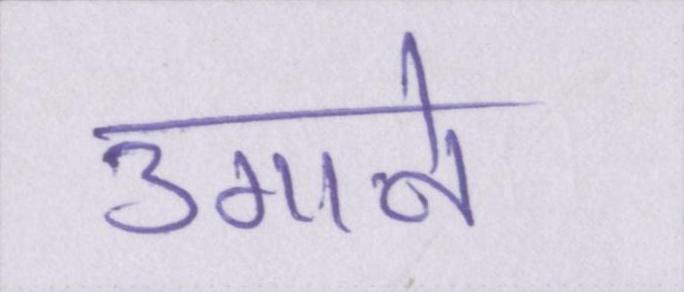
उगाने